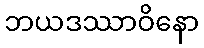
ဘယဒဿာဝိနော